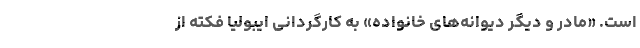
است. «مادر و دیگر دیوانه‌های خانواده» به کارگردانی ایبولیا فکته از